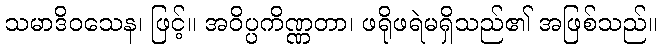
သမာဒိဝသေန၊ ဖြင့်။ အဝိပ္ပကိဏ္ဏတာ၊ ဖရိုဖရဲမရှိသည်၏ အဖြစ်သည်။